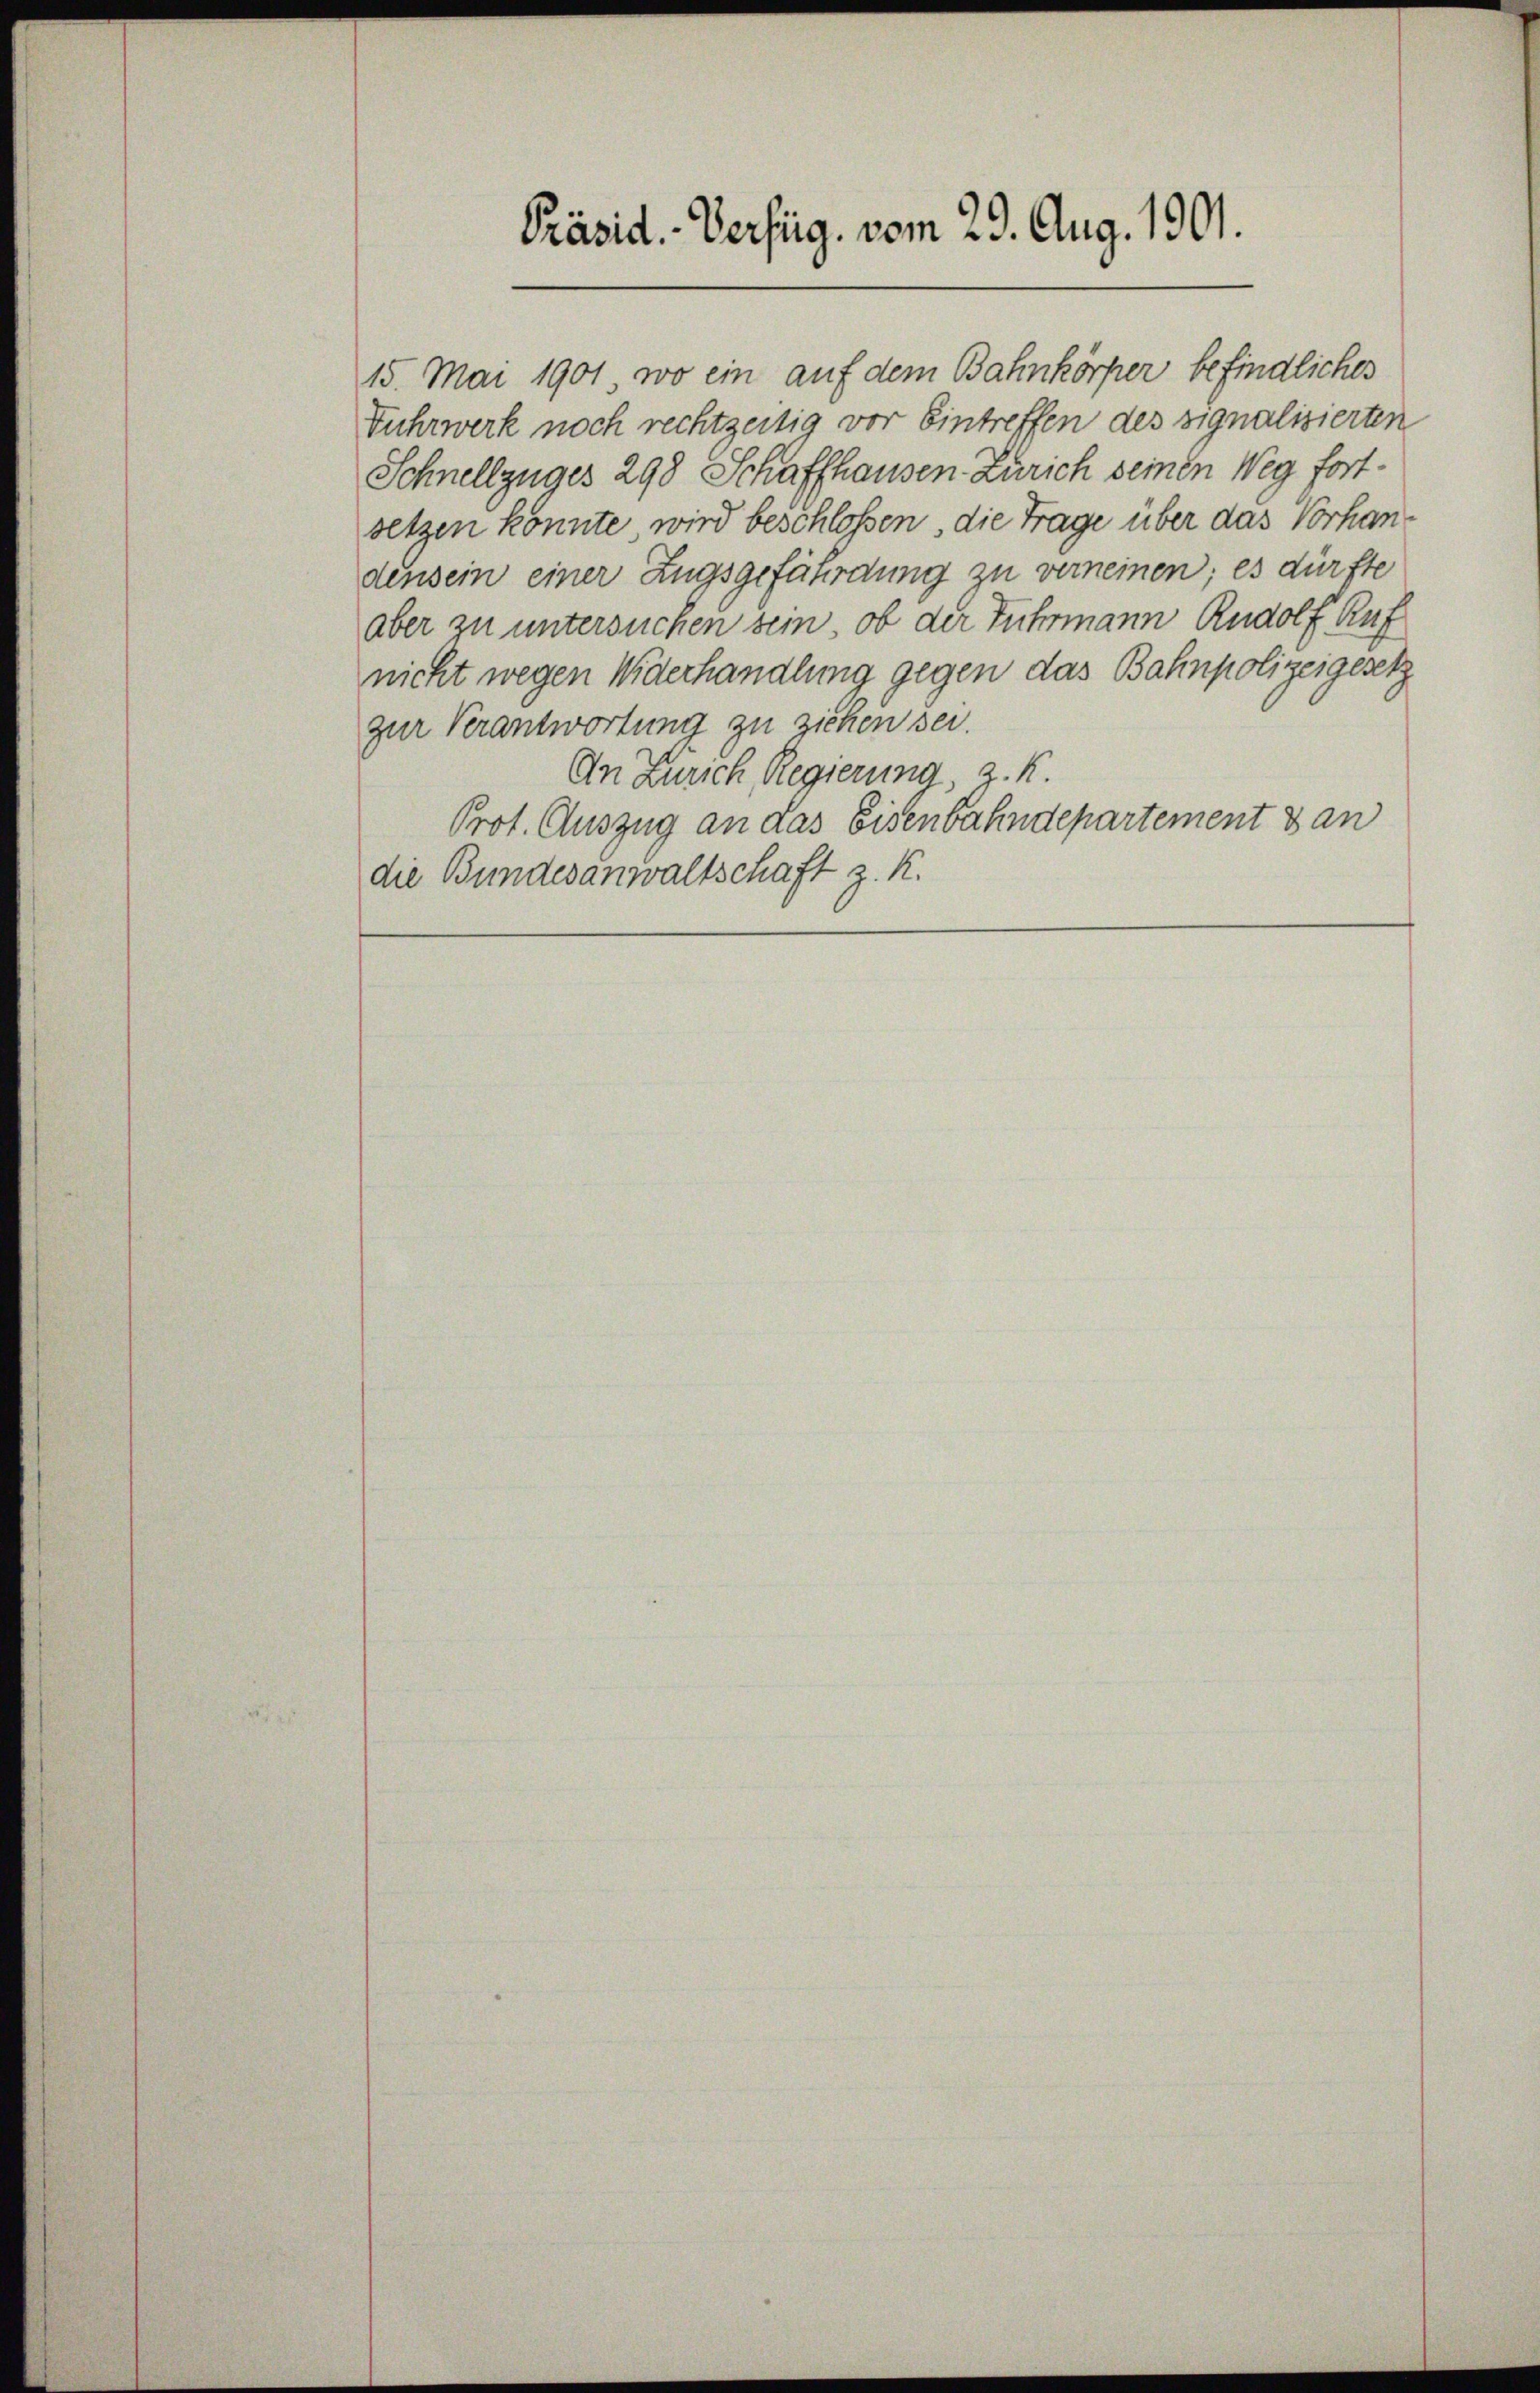
15. Mai 1901, wo ein auf dem Bahnkörper befindliches
Fuhrwerk noch rechtzeitig vor Eintreffen des signalisierten
Schnellzuges 298 Schaffhausen Zürich seinen Weg fortsetzen könnte, wird beschloßen, die Trage über das Vorhandensein einer Zugsgefährdung zu verneinen; es dürfte
aber zu untersuchen sein, ob der Fuhrmann Rudolf Ruf
nicht wegen Widerhandlung gegen das Bahnpolizeigesetz
zur Verantwortung zu ziehen sei.
An Zürich, Regierung, z. K.
Prot. Auszug an das Eisenbahndepartement dan
die Bundesanwaltschaft z. K.

Präsid. Verfüg. vom 29. Aug. 1901.